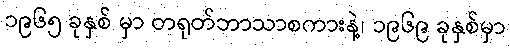
၁၉၆၅ ခုနှစ် မှာ တရုတ်ဘာသာစကားနဲ့၊ ၁၉၆၉ ခုနှစ်မှာ